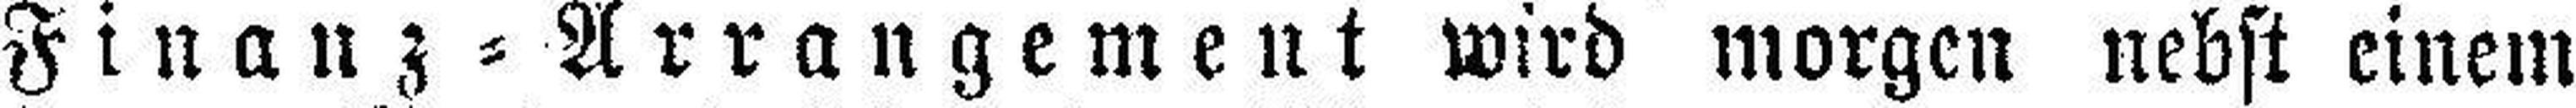
Finanz=Arrangement wird morgen nebst einem